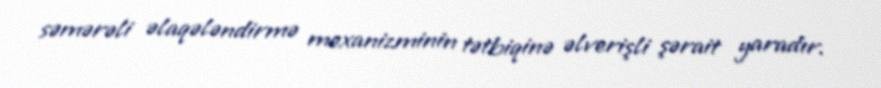
səmərəli əlaqələndirmə mexanizminin tətbiqinə əlverişli şərait yaradır.